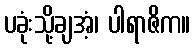
ပခုံးသို့ချအံ့၊ ပါရာဇိက။